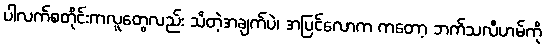
ပါလက်စတိုင်းကလူတွေလည်း သိတဲ့အချက်ပဲ၊ အပြင်လောက ကတော့ ဘက်သလီဟမ်ကို